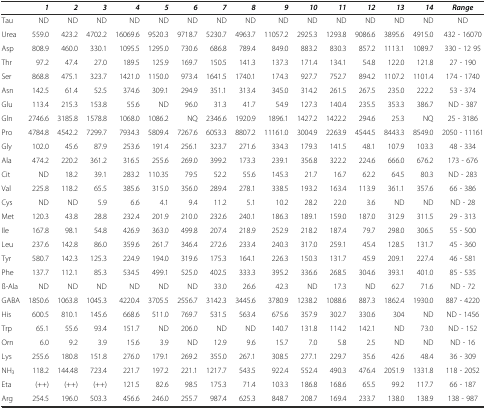
<table><thead><tr><td></td><td><b><i>1</i></b></td><td><b><i>2</i></b></td><td><b><i>3</i></b></td><td><b><i>4</i></b></td><td><b><i>5</i></b></td><td><b><i>6</i></b></td><td><b><i>7</i></b></td><td><b><i>8</i></b></td><td><b><i>9</i></b></td><td><b><i>10</i></b></td><td><b><i>11</i></b></td><td><b><i>12</i></b></td><td><b><i>13</i></b></td><td><b><i>14</i></b></td><td><b><i>Range</i></b></td></tr></thead><tbody><tr><td>Tau</td><td>ND</td><td>ND</td><td>ND</td><td>ND</td><td>ND</td><td>ND</td><td>ND</td><td>ND</td><td>ND</td><td>ND</td><td>ND</td><td>ND</td><td>ND</td><td>ND</td><td>ND</td></tr><tr><td>Urea</td><td>559.0</td><td>423.2</td><td>4702.2</td><td>16069.6</td><td>9520.3</td><td>9718.7</td><td>5230.7</td><td>4963.7</td><td>11057.2</td><td>2925.3</td><td>1293.8</td><td>9086.6</td><td>3895.6</td><td>4915.0</td><td>432 - 16070</td></tr><tr><td>Asp</td><td>808.9</td><td>460.0</td><td>330.1</td><td>1095.5</td><td>1295.0</td><td>730.6</td><td>686.8</td><td>789.4</td><td>849.0</td><td>883.2</td><td>830.3</td><td>857.2</td><td>1113.1</td><td>1089.7</td><td>330 - 12 95</td></tr><tr><td>Thr</td><td>97.2</td><td>47.4</td><td>27.0</td><td>189.5</td><td>125.9</td><td>169.7</td><td>150.5</td><td>141.3</td><td>137.3</td><td>171.4</td><td>134.1</td><td>54.8</td><td>122.0</td><td>121.8</td><td>27 - 190</td></tr><tr><td>Ser</td><td>868.8</td><td>475.1</td><td>323.7</td><td>1421.0</td><td>1150.0</td><td>973.4</td><td>1641.5</td><td>1740.1</td><td>174.3</td><td>927.7</td><td>752.7</td><td>894.2</td><td>1107.2</td><td>1101.4</td><td>174 - 1740</td></tr><tr><td>Asn</td><td>142.5</td><td>61.4</td><td>52.5</td><td>374.6</td><td>309.1</td><td>294.9</td><td>351.1</td><td>313.4</td><td>345.0</td><td>314.2</td><td>261.5</td><td>267.5</td><td>235.0</td><td>222.2</td><td>53 - 374</td></tr><tr><td>Glu</td><td>113.4</td><td>215.3</td><td>153.8</td><td>55.6</td><td>ND</td><td>96.0</td><td>31.3</td><td>41.7</td><td>54.9</td><td>127.3</td><td>140.4</td><td>235.5</td><td>353.3</td><td>386.7</td><td>ND - 387</td></tr><tr><td>Gln</td><td>2746.6</td><td>3185.8</td><td>1578.8</td><td>1068.0</td><td>1086.2</td><td>NQ</td><td>2346.6</td><td>1920.9</td><td>1896.1</td><td>1427.2</td><td>1422.2</td><td>294.6</td><td>25.3</td><td>NQ</td><td>25 - 3186</td></tr><tr><td>Pro</td><td>4784.8</td><td>4542.2</td><td>7299.7</td><td>7934.3</td><td>5809.4</td><td>7267.6</td><td>6053.3</td><td>8807.2</td><td>11161.0</td><td>3004.9</td><td>2263.9</td><td>4544.5</td><td>8443.3</td><td>8549.0</td><td>2050 - 11161</td></tr><tr><td>Gly</td><td>102.0</td><td>45.6</td><td>87.9</td><td>253.6</td><td>191.4</td><td>256.1</td><td>323.7</td><td>271.6</td><td>334.3</td><td>179.3</td><td>141.5</td><td>48.1</td><td>107.9</td><td>103.3</td><td>48 - 334</td></tr><tr><td>Ala</td><td>474.2</td><td>220.2</td><td>361.2</td><td>316.5</td><td>255.6</td><td>269.0</td><td>399.2</td><td>173.3</td><td>239.1</td><td>356.8</td><td>322.2</td><td>224.6</td><td>666.0</td><td>676.2</td><td>173 - 676</td></tr><tr><td>Cit</td><td>ND</td><td>18.2</td><td>39.1</td><td>283.2</td><td>110.35</td><td>79.5</td><td>52.2</td><td>55.6</td><td>145.3</td><td>21.7</td><td>16.7</td><td>62.2</td><td>64.5</td><td>80.3</td><td>ND - 283</td></tr><tr><td>Val</td><td>225.8</td><td>118.2</td><td>65.5</td><td>385.6</td><td>315.0</td><td>356.0</td><td>289.4</td><td>278.1</td><td>338.5</td><td>193.2</td><td>163.4</td><td>113.9</td><td>361.1</td><td>357.6</td><td>66 - 386</td></tr><tr><td>Cys</td><td>ND</td><td>ND</td><td>5.9</td><td>6.6</td><td>4.1</td><td>9.4</td><td>11.2</td><td>5.1</td><td>10.2</td><td>28.2</td><td>22.0</td><td>3.6</td><td>ND</td><td>ND</td><td>ND - 28</td></tr><tr><td>Met</td><td>120.3</td><td>43.8</td><td>28.8</td><td>232.4</td><td>201.9</td><td>210.0</td><td>232.6</td><td>240.1</td><td>186.3</td><td>189.1</td><td>159.0</td><td>187.0</td><td>312.9</td><td>311.5</td><td>29 - 313</td></tr><tr><td>Ile</td><td>167.8</td><td>98.1</td><td>54.8</td><td>426.9</td><td>363.0</td><td>499.8</td><td>207.4</td><td>218.9</td><td>252.9</td><td>218.2</td><td>187.4</td><td>79.7</td><td>298.0</td><td>306.5</td><td>55 - 500</td></tr><tr><td>Leu</td><td>237.6</td><td>142.8</td><td>86.0</td><td>359.6</td><td>261.7</td><td>346.4</td><td>272.6</td><td>233.4</td><td>240.3</td><td>317.0</td><td>259.1</td><td>45.4</td><td>128.5</td><td>131.7</td><td>45 - 360</td></tr><tr><td>Tyr</td><td>580.7</td><td>142.3</td><td>125.3</td><td>224.9</td><td>194.0</td><td>319.6</td><td>175.3</td><td>164.1</td><td>226.3</td><td>150.3</td><td>131.7</td><td>45.9</td><td>209.1</td><td>227.4</td><td>46 - 581</td></tr><tr><td>Phe</td><td>137.7</td><td>112.1</td><td>85.3</td><td>534.5</td><td>499.1</td><td>525.0</td><td>402.5</td><td>333.3</td><td>395.2</td><td>336.6</td><td>268.5</td><td>304.6</td><td>393.1</td><td>401.0</td><td>85 - 535</td></tr><tr><td>ß-Ala</td><td>ND</td><td>ND</td><td>ND</td><td>ND</td><td>ND</td><td>ND</td><td>33.0</td><td>26.6</td><td>42.3</td><td>ND</td><td>17.3</td><td>ND</td><td>62.7</td><td>71.6</td><td>ND - 72</td></tr><tr><td>GABA</td><td>1850.6</td><td>1063.8</td><td>1045.3</td><td>4220.4</td><td>3705.5</td><td>2556.7</td><td>3142.3</td><td>3445.6</td><td>3780.9</td><td>1238.2</td><td>1088.6</td><td>887.3</td><td>1862.4</td><td>1930.0</td><td>887 - 4220</td></tr><tr><td>His</td><td>600.5</td><td>810.1</td><td>145.6</td><td>668.6</td><td>511.0</td><td>769.7</td><td>531.5</td><td>563.4</td><td>675.6</td><td>357.9</td><td>302.7</td><td>330.6</td><td>304</td><td>ND</td><td>ND - 1456</td></tr><tr><td>Trp</td><td>65.1</td><td>55.6</td><td>93.4</td><td>151.7</td><td>ND</td><td>206.0</td><td>ND</td><td>ND</td><td>140.7</td><td>131.8</td><td>114.2</td><td>142.1</td><td>ND</td><td>73.0</td><td>ND - 152</td></tr><tr><td>Orn</td><td>6.0</td><td>9.2</td><td>3.9</td><td>15.6</td><td>3.9</td><td>ND</td><td>12.9</td><td>9.6</td><td>15.7</td><td>7.0</td><td>5.8</td><td>2.5</td><td>ND</td><td>ND</td><td>ND - 16</td></tr><tr><td>Lys</td><td>255.6</td><td>180.8</td><td>151.8</td><td>276.0</td><td>179.1</td><td>269.2</td><td>355.0</td><td>267.1</td><td>308.5</td><td>277.1</td><td>229.7</td><td>35.6</td><td>42.6</td><td>48.4</td><td>36 - 309</td></tr><tr><td>NH<sub>3</sub></td><td>118.2</td><td>144.48</td><td>723.4</td><td>221.7</td><td>197.2</td><td>221.1</td><td>1217.7</td><td>543.5</td><td>922.4</td><td>552.4</td><td>490.3</td><td>476.4</td><td>2051.9</td><td>1331.8</td><td>118 - 2052</td></tr><tr><td>Eta</td><td>(++)</td><td>(++)</td><td>(++)</td><td>121.5</td><td>82.6</td><td>98.5</td><td>175.3</td><td>71.4</td><td>103.3</td><td>186.8</td><td>168.6</td><td>65.5</td><td>99.2</td><td>117.7</td><td>66 - 187</td></tr><tr><td>Arg</td><td>254.5</td><td>196.0</td><td>503.3</td><td>456.6</td><td>246.0</td><td>255.7</td><td>987.4</td><td>625.3</td><td>848.7</td><td>208.7</td><td>169.4</td><td>233.7</td><td>138.0</td><td>138.9</td><td>138 - 987</td></tr></tbody></table>